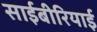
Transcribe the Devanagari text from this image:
साईबीरियाई